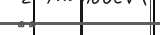
٢٤